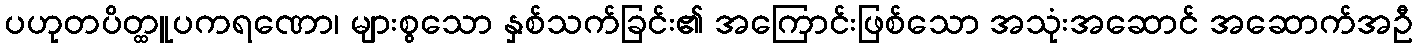
ပဟုတပိတ္ထူပကရဏော၊ များစွသော နှစ်သက်ခြင်း၏ အကြောင်းဖြစ်သော အသုံးအဆောင် အဆောက်အဦ